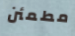
مطمئن